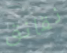
نقانق